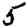
Digit: 5